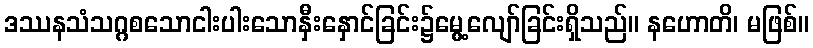
ဒဿနသံသဂ္ဂစသောငါးပါးသောနှီးနှောင်ခြင်း၌မွေ့လျော်ခြင်းရှိသည်။ နဟောတိ၊ မဖြစ်။